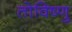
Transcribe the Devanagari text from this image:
तोविष्णु